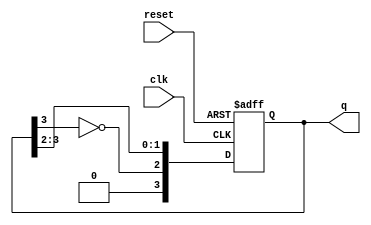
module johnson_counter #(
    parameter N = 4  // Number of flip-flops (can be changed as needed)
)(
    input wire clk,       // Clock input
    input wire reset,     // Asynchronous reset input
    output reg [N-1:0] q  // Counter output
);

// Always block triggered on the rising edge of the clock or when reset is asserted
always @(posedge clk or posedge reset) begin
    if (reset) begin
        // Reset state: Set all bits to 0
        q <= {N{1'b0}};
    end else begin
        // Johnson counter logic
        q <= {~q[N-1], q[N-1:N-2]}; // Shift and feedback inverted last bit
    end
end

endmodule